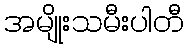
အမျိုးသမီးပါတီ